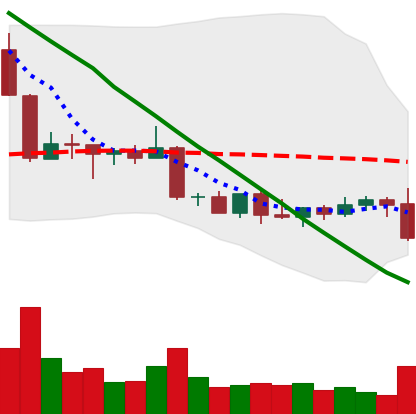
Ticker: DOGE-USD
Chart end date: 2022-09-06
Forward return: 8.021%
Label: up_7plus